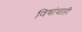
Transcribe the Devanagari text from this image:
विषांचाही